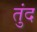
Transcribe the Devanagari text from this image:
तुंद